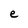
Character: e